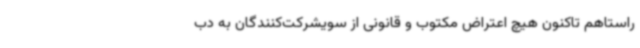
راستاهم تاکنون هیچ اعتراض مکتوب و قانونی از سویشرکت‌کنندگان به دب